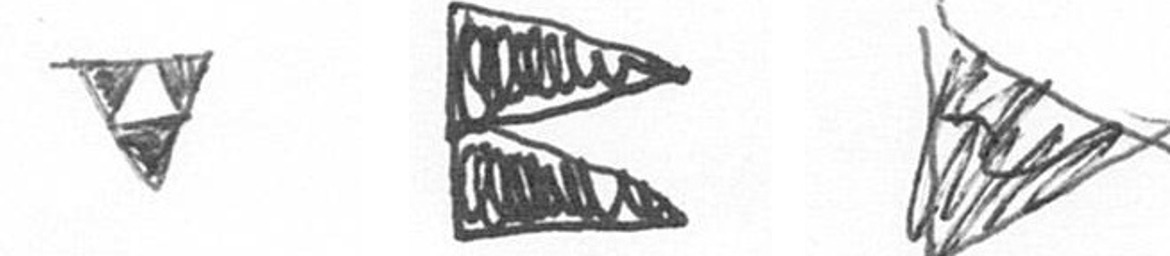
S P T